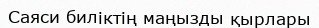
Саяси биліктің маңызды қырлары